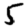
Digit: 5